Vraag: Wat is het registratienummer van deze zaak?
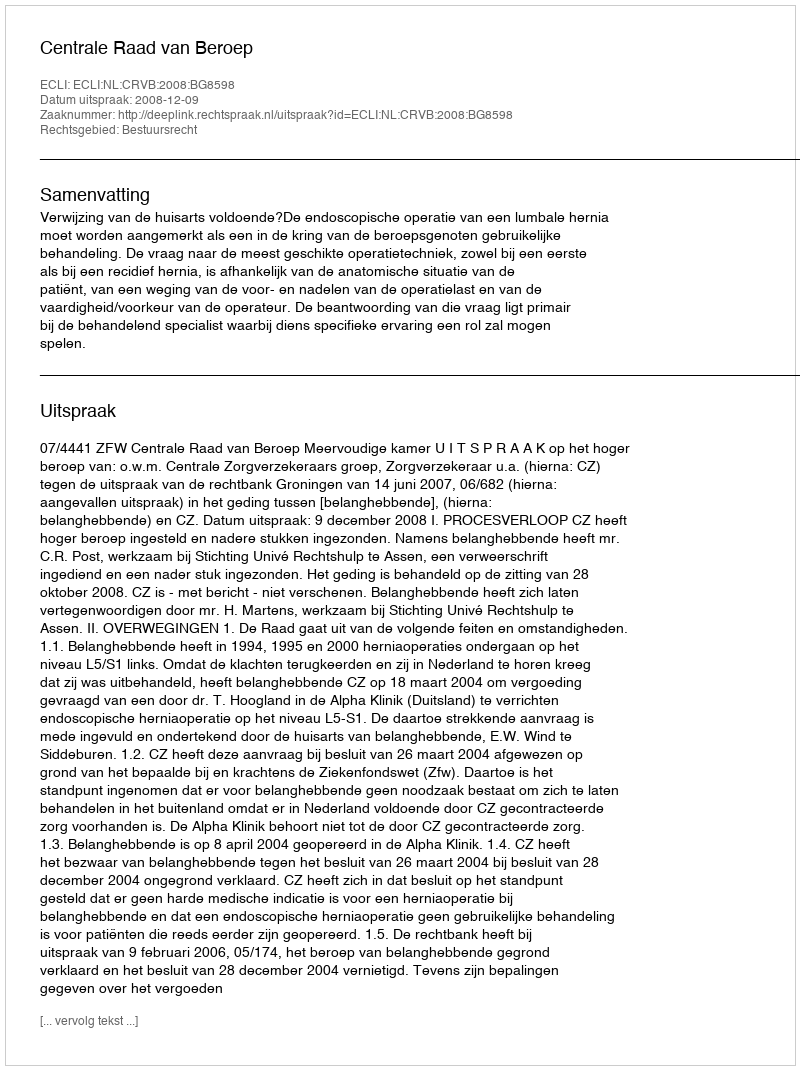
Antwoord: http://deeplink.rechtspraak.nl/uitspraak?id=ECLI:NL:CRVB:2008:BG8598